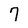
Character: 7